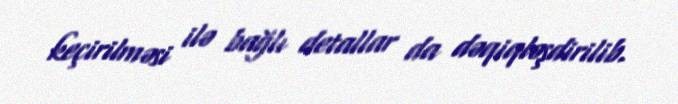
keçirilməsi ilə bağlı detallar da dəqiqləşdirilib.